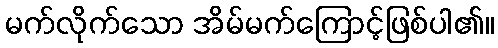
မက်လိုက်သော အိမ်မက်ကြောင့်ဖြစ်ပါ၏။